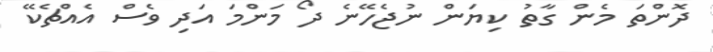
ދޮންތަ މެން ގާތު ކިޔަން ނުޖެހޭނެ ދޯ މަންމަ އަދި ވެސް އެއްޗެކޭ